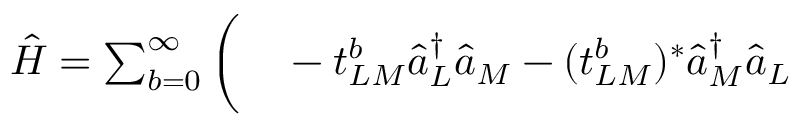
\begin{array} { r l } { \hat { H } = \sum _ { b = 0 } ^ { \infty } \bigg ( } & { { } - t _ { L M } ^ { b } \hat { a } _ { L } ^ { \dagger } \hat { a } _ { M } - ( t _ { L M } ^ { b } ) ^ { * } \hat { a } _ { M } ^ { \dagger } \hat { a } _ { L } } \end{array}